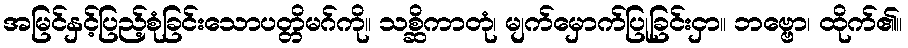
အမြင်နှင့်ပြည့်စုံခြင်းသောပတ္တိမဂ်ကို။ သစ္ဆိကာတုံ၊ မျက်မှောက်ပြုခြင်းငှာ။ ဘဗ္ဗော၊ ထိုက်၏။